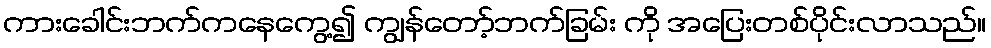
ကားခေါင်းဘက်ကနေကွေ့၍ ကျွန်တော့်ဘက်ခြမ်း ကို အပြေးတစ်ပိုင်းလာသည်။